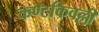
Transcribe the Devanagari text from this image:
कण्टकिवल्ली